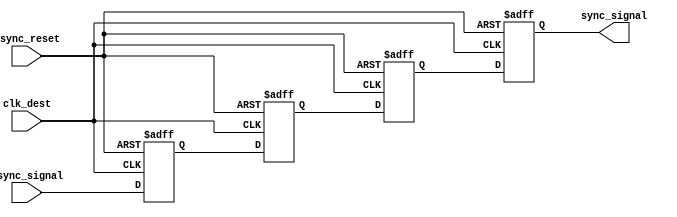
module triple_flip_flop_synchronizer (
    input wire async_signal,    // Input signal from the source clock domain
    input wire clk_dest,        // Clock signal for the destination clock domain
    input wire async_reset,     // Asynchronous reset signal
    output reg sync_signal       // Synchronized output signal
);

    // Internal registers for the three flip-flops
    reg ff1, ff2, ff3;

    // Always block for synchronous logic
    always @(posedge clk_dest or posedge async_reset) begin
        if (async_reset) begin
            ff1 <= 1'b0; // Reset FF1
            ff2 <= 1'b0; // Reset FF2
            ff3 <= 1'b0; // Reset FF3
            sync_signal <= 1'b0; // Reset sync_signal
        end else begin
            ff1 <= async_signal; // Capture async_signal in FF1
            ff2 <= ff1;          // Capture output of FF1 in FF2
            ff3 <= ff2;          // Capture output of FF2 in FF3
            sync_signal <= ff3;  // Output the synchronized signal
        end
    end

endmodule